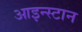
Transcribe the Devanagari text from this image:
आइन्स्टान